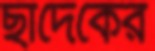
ছাদেকের